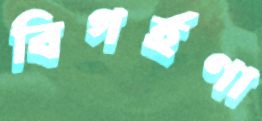
বিগর্হণা